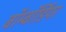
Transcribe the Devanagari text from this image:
बॉम्बॉर्डियर